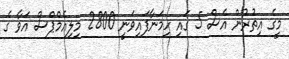
މީގެ އިތުރުން އެސް 5 ގައި ހިމަނާފައިވަނީ 2800 މިލިއެމްޕްސް އަވާ ގެ